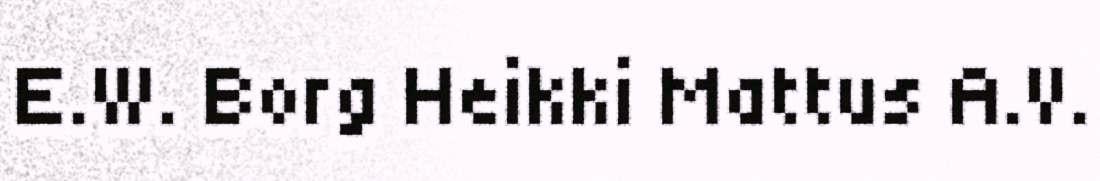
E.W. Borg Heikki Mattus A.V.